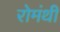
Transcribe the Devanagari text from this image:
रोमंथी